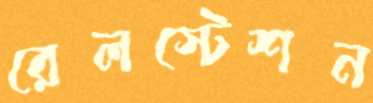
রেলস্টেশন